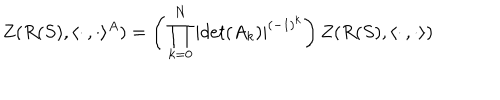
LaTeX: Z ( R ( S ) , \langle \cdot \, , \cdot \rangle ^ { A } ) = \biggl ( \, \prod _ { k = 0 } ^ { N } | d e t ( A _ { k } ) | ^ { ( - 1 ) ^ { k } } \biggr ) \, Z ( R ( S ) , \langle \cdot \, , \cdot \rangle )